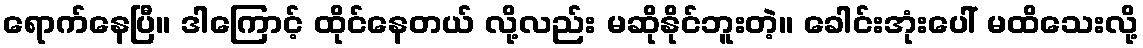
ရောက်နေပြီ။ ဒါကြောင့် ထိုင်နေတယ် လို့လည်း မဆိုနိုင်ဘူးတဲ့။ ခေါင်းအုံးပေါ် မထိသေးလို့